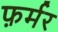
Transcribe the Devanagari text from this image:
फ़र्मर